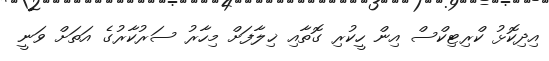
އިދިކޮޅު ކްރިޓިކްސް އިން ހީކުރި ގޮތާއި ޚިލާފަށް މިހާރު ސަރުކާރުގެ އަތަށް ވަނީ